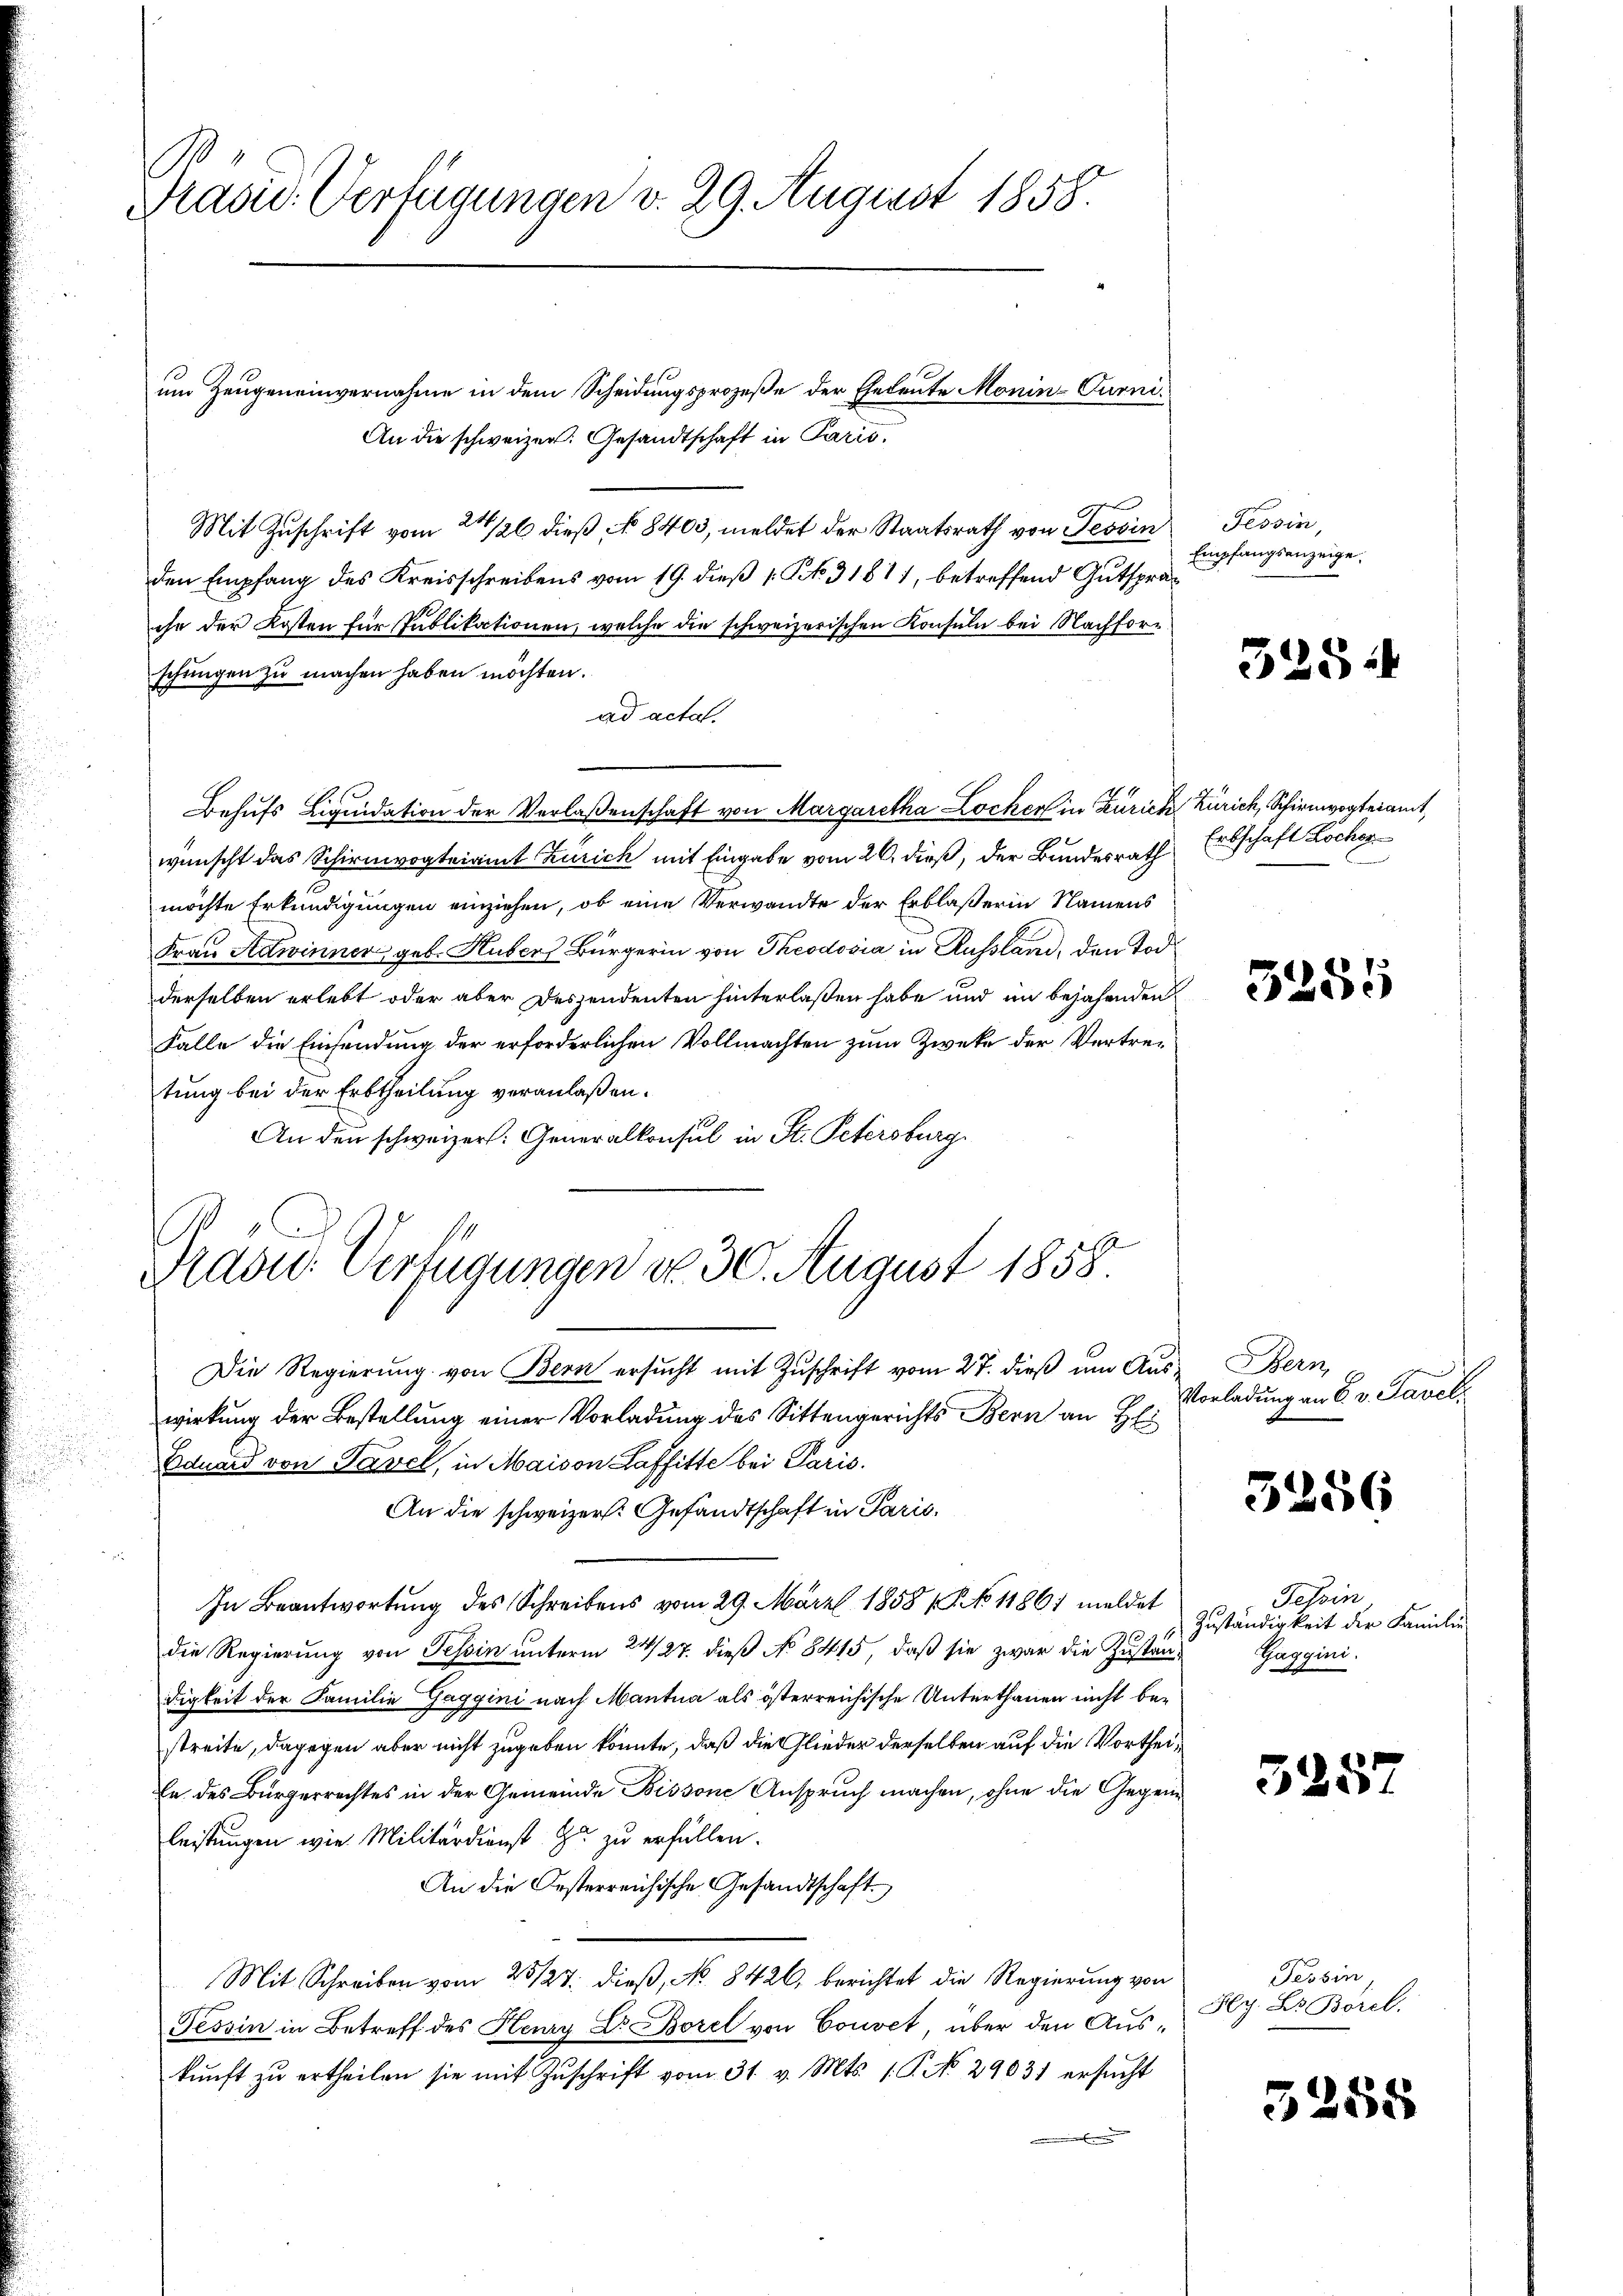
.
Präsid. Verfügungen v. 29. August 1858.

um Zeugeneinvernahme in dem Scheidungsprozeße der Eheleute Monin-Curni
An die schweizer. Gesandtschaft in Paris,
Mit Zuschrift vom 21/26 dieß No 8403, meldet der Staatsrath von Tessin
den Empfang des Kreisschreibens vom 19. dieß 1 Kt. 31811, betreffend Gutsprache der Kosten für Publikationen, welche die schweizerischen Konsuln bei Nachforschungen zu machen haben möchten.
ad actat.
Behufs Liquidation der Verlaßenschaft von Margaretha Locker in Zürich Zürich, Schirmvogteiamt,
wünscht das Schirmvogteiamt Zürich mit Eingabe vom 26. dieß, der Bundesrath Erbschaft Löcher
möchte Erkundigungen einziehen, ob eine Verwandte der Erblaßerin Namens
Frau Adwinner, geb. Huber Bürgerin von Theodosia in Russland, den Tod
derselben erlebt oder aber Deszendenten hinterlaßen habe und in bejahenden
Falle die Einsendung der erforderlichen Vollmachten zum Zwecke der Vertretung bei der Erbtheilung veranlaßen.
An den schweizer. Generalkonsul in St. Petersburg
Mad: Verfügungen d. 30. August 1858
Die Regierŭng von Bern ersŭcht mit Zŭschrift vom 27. dieß um Aus- Bern,
wirkung der Bestellung einer Vorladung des Sittengerichts Bern an Hi
Eduard von Tavel, in Maison Laffitte bei Paris.
An die schweizer: Gesandtschaft in Paris,
In Beantwortung des Schreibens vom 29. März 1858 / No 11861 meldet
die Regierung von Tessin unterm 24/27. dieß No 8415, daß sie zwar die Zustän-
digkeit der Familie Gaggini nach Mantua als österreichische Unterthanen nicht bestreite, dagegen aber nicht zugeben könnte, daß die Glieder derselben auf die Vortheile des Bürgerrechtes in der Gemeinde Bissone Anspruch machen, ohne die Gegenleistungen wie Militärdienst zu zu erfüllen.
An die Oesterreichische Gesandtschaft
Mit Schreiben vom 23/27. dieß, No 8426, berichtet die Regierung von
Tessin in Betreff des Henry Dr. Borel von Couvet, über den Auskunft zu ertheilen sie mit Zuschrift vom 31. v. Mts. 1. P. No. 29631 ersucht
.

Tessin,
Empfangsanzeige.

3254

e

3255

Vorladung an C. v. Savel

5256

Felrin
Zuständigkeit der Familie
Gaggini.

525

Tessin
Hy. Lt. Borel.

3255